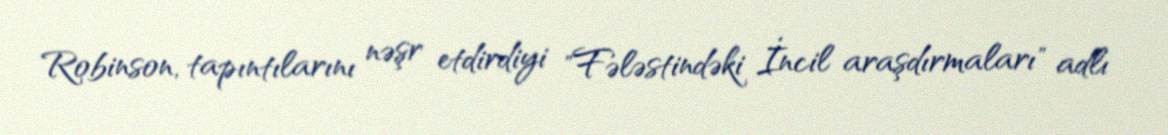
Robinson, tapıntılarını nəşr etdirdiyi "Fələstindəki İncil araşdırmaları" adlı